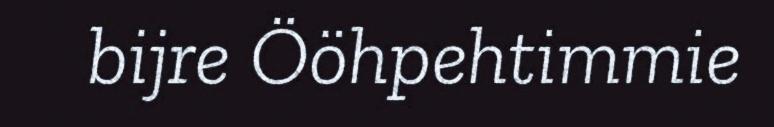
bijre Ööhpehtimmie